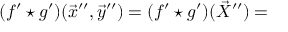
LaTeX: ( f ^ { \prime } \star g ^ { \prime } ) ( \vec { x } ^ { \prime \prime } , \vec { y } ^ { \prime \prime } ) = ( f ^ { \prime } \star g ^ { \prime } ) ( \vec { X } ^ { \prime \prime } ) =